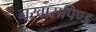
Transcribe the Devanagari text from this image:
नरवासपिण्ड